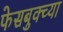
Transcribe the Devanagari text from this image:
फेसबुक्च्या